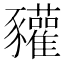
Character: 䝔